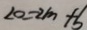
2 0 = 2 m + b